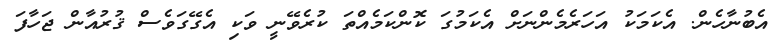
އެބުނާހެން. އެކަމަކު އަހަރެމެންނަށް އެކަމުގަ ކޮންކަމެއްތަ ކުރެވޭނީ ވަކި އެގޭގަވެސް ޤުރުއާން ޖަހާފަ